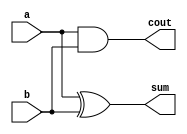
module half_adder(a,b,cout,sum);
	input a,b;
	output cout,sum;
	and and1(cout,a,b);
	xor xor1(sum,a,b);
endmodule